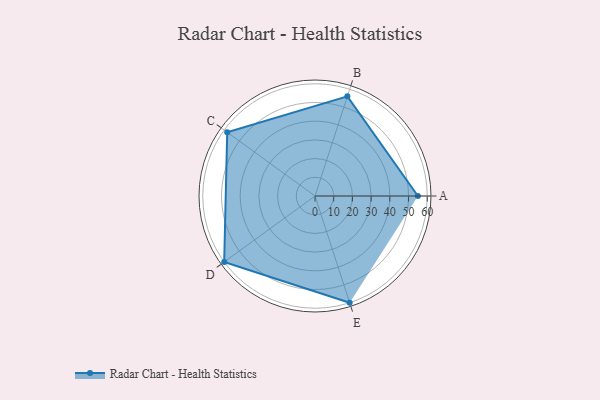
{"axis": {"x": "Skill", "y": "Score"}, "legend": ["Profile"], "data": [{"x": "A", "y": 55.0, "type": "Profile"}, {"x": "B", "y": 56.0, "type": "Profile"}, {"x": "C", "y": 58.0, "type": "Profile"}, {"x": "D", "y": 60.0, "type": "Profile"}, {"x": "E", "y": 60.0, "type": "Profile"}]}